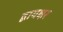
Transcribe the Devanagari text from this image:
द्वायक्षर